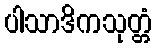
ပါသာဒိကသုတ္တံ